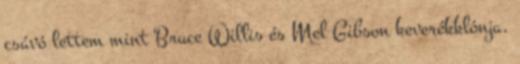
csávó lettem mint Bruce Willis és Mel Gibson keverékklónja,